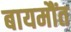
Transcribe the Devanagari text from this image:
बायमौंत